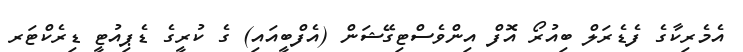
އެމެރިކާގެ ފެޑެރަލް ބިއުރޯ އޮފް އިންވެސްޓިގޭޝަން (އެފްބީއައި) ގެ ކުރީގެ ޑެޕިއުޓީ ޑިރެކްޓަރ